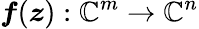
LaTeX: \boldsymbol{f}(\boldsymbol{z}):\mathbb{C}^{m}\rightarrow\mathbb{C}^{n}